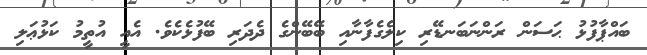
ބައްޕާފުޅު ޙަސަން ރަންނަބަނޑޭރި ކިލެގެފާނާއި ބޭބޭންގެ ދެދަރި ބޭފުޅެކެވެ. އެއީ އުތީމު ކަޅުޢަލި